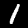
Digit: 1